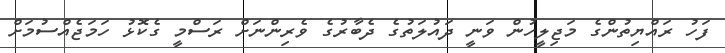
ފަހު ރައްޔިތުންގެ މަޖިލީހުން ވަނީ ދައުލަތުގެ ދެބާރުގެ ވެރިންނަށް ރަސްމީ ގެކޮޅު ހަމަޖެއްސުމަށް